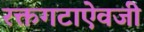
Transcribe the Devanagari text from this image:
रक्तगटाऐवजी